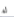
له